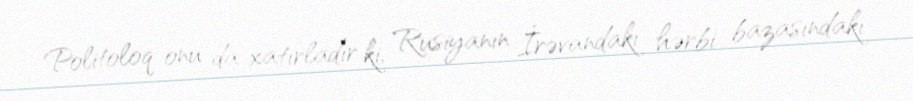
Politoloq onu da xatırladır ki, Rusiyanın İrəvandakı hərbi bazasındakı